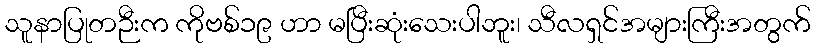
သူနာပြုတဉီးက ကိုဗစ်၁၉ ဟာ မပြီးဆုံးသေးပါဘူး၊ သီလရှင်အများကြီးအတွက်